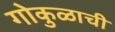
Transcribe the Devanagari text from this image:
गोकुळाची